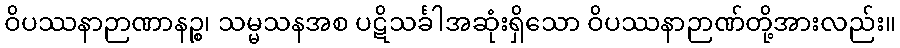
ဝိပဿနာဉာဏာနဉ္စ၊ သမ္မသနအစ ပဋိသင်္ခါအဆုံးရှိသော ဝိပဿနာဉာဏ်တို့အားလည်း။